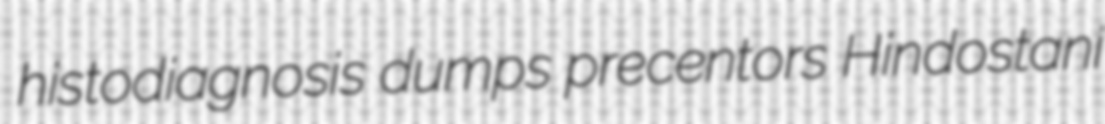
histodiagnosis dumps precentors Hindostani